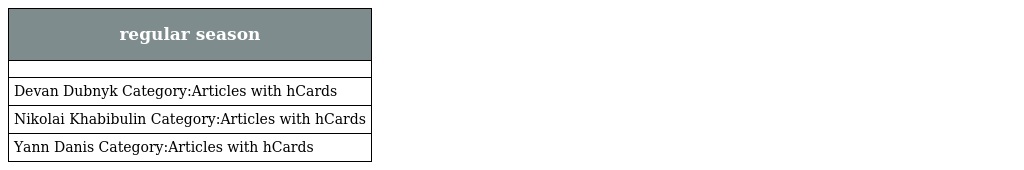
| regular season |
 | --- |
 |  |
 | Devan Dubnyk Category:Articles with hCards |
 | Nikolai Khabibulin Category:Articles with hCards |
 | Yann Danis Category:Articles with hCards |